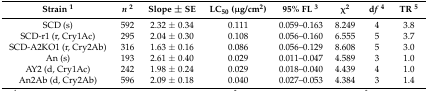
<table><thead><tr><td><b>Strain <sup>1</sup></b></td><td><b><i>n</i><sup>2</sup></b></td><td><b>Slope ± SE</b></td><td><b>LC<sub>50</sub> (μg/cm<sup>2</sup>) </b></td><td><b>95% FL <sup>3</sup></b></td><td><b>χ<sup>2</sup></b></td><td><b>d<i>f</i><sup>4</sup></b></td><td><b>TR <sup>5</sup></b></td></tr></thead><tbody><tr><td>SCD (s)</td><td>592</td><td>2.32 ± 0.34</td><td>0.111</td><td>0.059–0.163</td><td>8.249</td><td>4</td><td>3.8</td></tr><tr><td>SCD-r1 (r, Cry1Ac)</td><td>295</td><td>2.04 ± 0.30</td><td>0.108</td><td>0.056–0.160</td><td>6.555</td><td>5</td><td>3.7</td></tr><tr><td>SCD-A2KO1 (r, Cry2Ab)</td><td>316</td><td>1.63 ± 0.16</td><td>0.086</td><td>0.056–0.129</td><td>8.608</td><td>5</td><td>3.0</td></tr><tr><td>An (s)</td><td>193</td><td>2.61 ± 0.40</td><td>0.029</td><td>0.011–0.047</td><td>4.589</td><td>3</td><td>1.0</td></tr><tr><td>AY2 (d, Cry1Ac)</td><td>242</td><td>1.98 ± 0.24</td><td>0.029</td><td>0.018–0.040</td><td>4.439</td><td>4</td><td>1.0</td></tr><tr><td>An2Ab (d, Cry2Ab)</td><td>596</td><td>2.09 ± 0.18</td><td>0.040</td><td>0.027–0.053</td><td>4.384</td><td>3</td><td>1.4</td></tr></tbody></table>